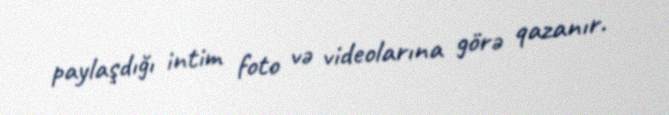
paylaşdığı intim foto və videolarına görə qazanır.